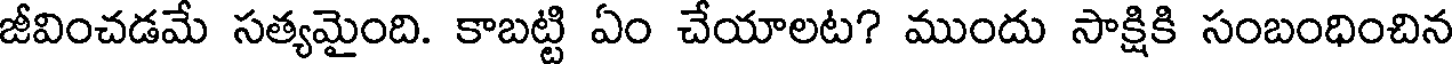
జీవించడమే సత్యమైంది. కాబట్టి ఏం చేయాలట? ముందు సాక్షికి సంబంధించిన